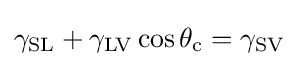
\gamma _{\mathrm {SL} }+\gamma _{\mathrm {LV} }\cos {\theta _{\mathrm {c} }}=\gamma _{\mathrm {SV} }